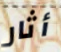
أثار